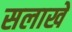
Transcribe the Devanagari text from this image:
सलाखे